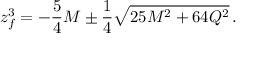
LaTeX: z _ { f } ^ { 3 } = - { \frac { 5 } { 4 } } M \pm { \frac { 1 } { 4 } } \sqrt { 2 5 M ^ { 2 } + 6 4 Q ^ { 2 } } \, .